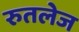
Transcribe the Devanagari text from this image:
रुतलेज